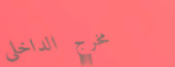
مخرج الداخلي